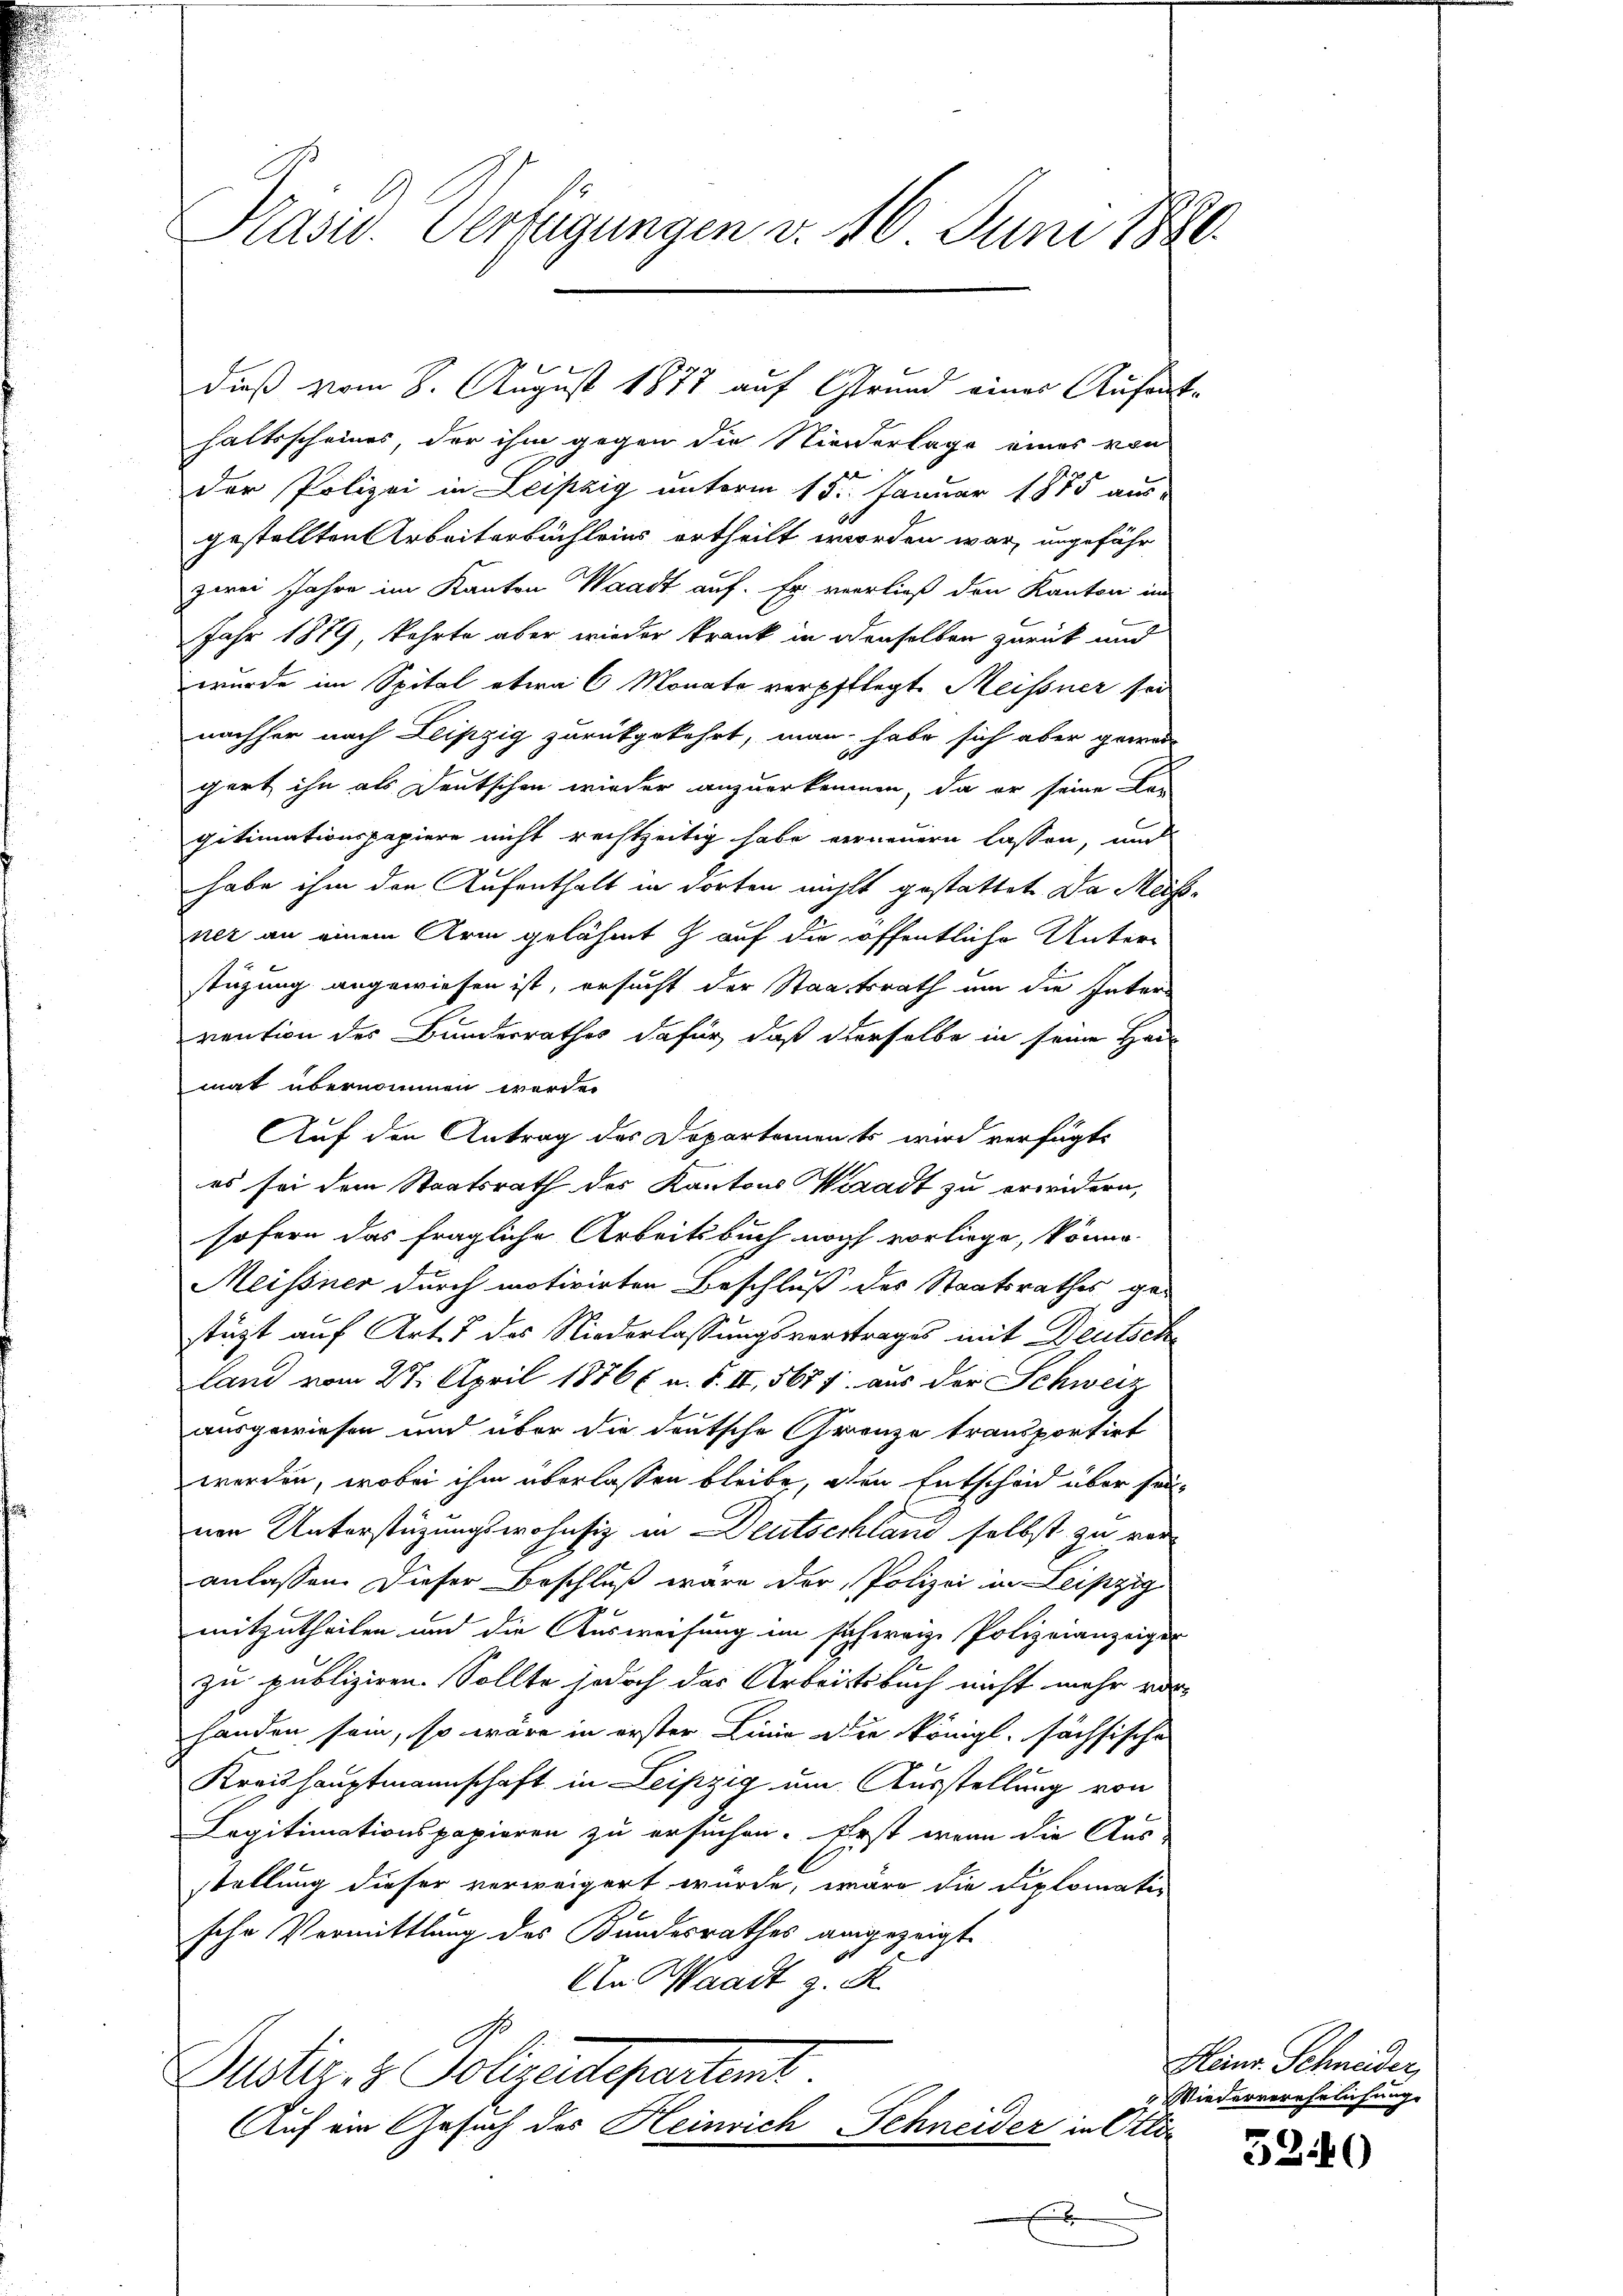
Präsid. Verfügungen v. 16. Juni 1890.

haltsscheines, der ihm gegen die Niederlage eines von
der Polizei in Leipzig unterm 15. Januar 1875 aus-
gestellten Arbeiterbüchleins ertheilt worden war, ungefähr
zwei Jahre im Kanton Waadt auf. Er verließ den Kanton im
Jahr 1879, kehrte aber wieder krank in denselben zurück und
wurde im Spital etwa 6 Monate verpflegt. Meissner sei
nachher nach Leipzig zurückgekehrt, man habe sich aber gewargert ihn als Deutschen wieder anzuerkennen, da er seine Begitimationspapiere nicht rechtzeitig habe verneuern lassen, und
habe ihm den Aufenthalt in dorten nichts gestattet. Da Meisner an einem Arm gelähmt auf die öffentliche Unterstüzung angewiesen ist, ersucht der Staatsrath um die Inter-
vention des Bundesrathes dafür, daß derselbe in seine Han
mat übernommen werde.
Auf den Antrag des Departements wird verfügt
es sei dem Staatsrath des Kantons Vizadt zu erwidern,
sofern das fragliche Arbeitsbuch noch vorliege, könne.
Meissner durch motivirten Beschluß des Staatsrathes, gestüzt auf Art. 7 des Niederlassungsverstrages mit Deutsch
land vom 27. April 18866 u. S. II, 567 f. aus der Schweiz
ausgewiesen und über die deutsche Grenze transportirt
werden, wobei ihm überlassen bleibe, den Entscheid über seium Unterstüzungswohnsiz in Deutschland selbst zu veranlassen. Dieser Beschluß wäre der Polizei in Leipzig
mitzutheilen und die Ausweisung im saherige Polizeianzeiger
zu publiziren. Sollte jedoch das Arbeitsbuch nicht mehr vor-
handen sein, so wäre in erster Linie die königl. sächsische
Kreishauptmannschaft in Leipzig um Ausstellung von
Legitimationspapieren zu ersuchen. Erst wenn die Aus-
stellung dieser verweigert würde, wäre die Diplomati-
sche Vermittlung des Bundesrathes angezeigt
An Waadt z. R.
Justiz & Polizeidepartent.
Auf ein Gesuch des Heinrich, Schneider in Otti

dieß vom 8. August 1877 auf Grund eines Aufent¬

.
s

Heinr. Schneider,
Wiederverehelichung.

5240